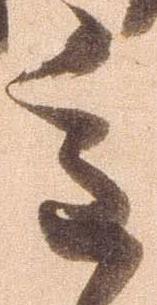
重